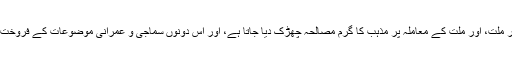
اس تیز آنچ پر پکتی سیاسی اور معاشرتی ہنڈیا پر مزہ یہ ہے کہ مذہب کے معاملہ پر ملت، اور ملت کے معاملہ پر مذہب کا گرم مصالحہ چھڑک دیا جاتا ہے، اور اس دونوں سماجی و عمرانی موضوعات کے فروخت کنندہ اور خریدار، چسکے لے لے کر یہ باسی کڑہی کھاتے اور کھلاتے رہتے ہیں۔